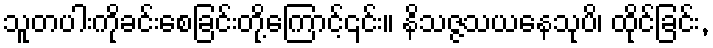
သူတပါးကိုခင်းစေခြင်းတို့ကြောင့်၎င်း။ နိသဇ္ဇသယနေသုပိ၊ ထိုင်ခြင်း,